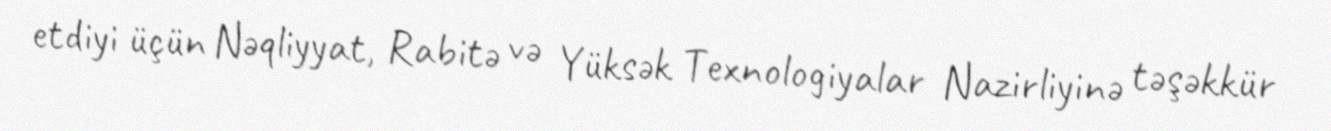
etdiyi üçün Nəqliyyat, Rabitə və Yüksək Texnologiyalar Nazirliyinə təşəkkür